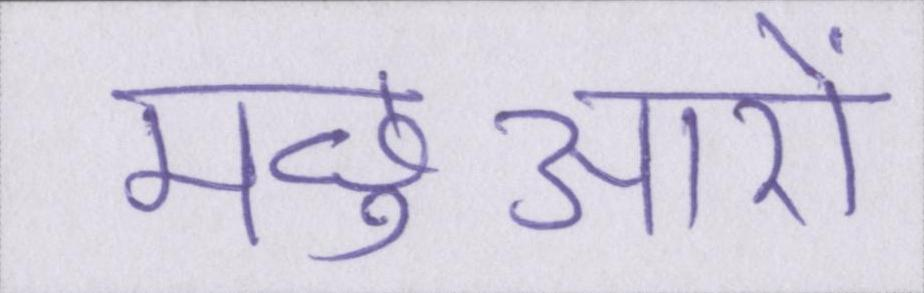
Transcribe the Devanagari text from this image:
मछुआरों